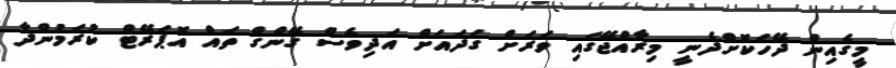
މީގެއިން ދޭހަކޮށްދެނީ މިރާއްޖޭގައި ވަރަށް ގަދައަށް އަދިވެސް ގޭންގް ތައް އޮޕަރޭޓް ކުރަމުންދާ